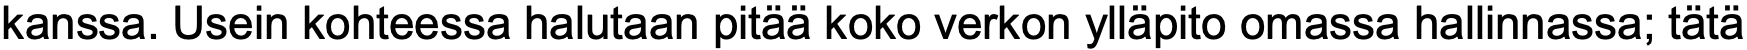
kanssa. Usein kohteessa halutaan pitää koko verkon ylläpito omassa hallinnassa; tätä